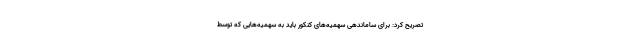
تصریح کرد: برای ساماندهی سهمیه‌های کنکور باید به سهمیه‌هایی که توسط